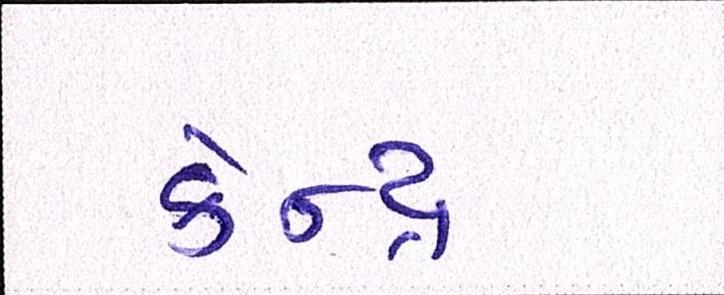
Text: કેન્દ્ર